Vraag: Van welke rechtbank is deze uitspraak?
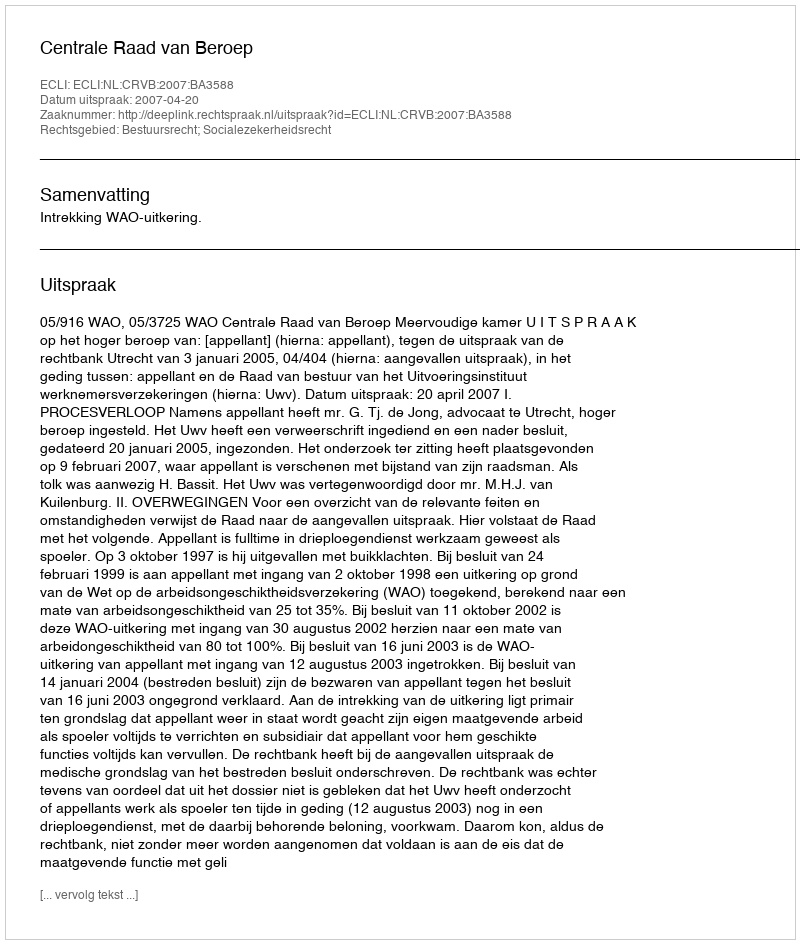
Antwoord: Centrale Raad van Beroep